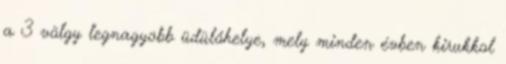
a 3 völgy legnagyobb üdülőhelye, mely minden évben kirukkol